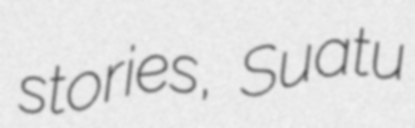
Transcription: stories, Suatu